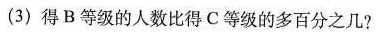
(3)得B等级的人数比得C等级的多百分之几?